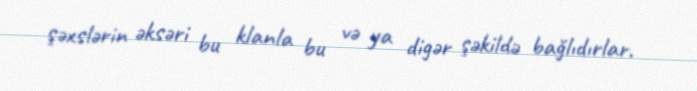
şəxslərin əksəri bu klanla bu və ya digər şəkildə bağlıdırlar.